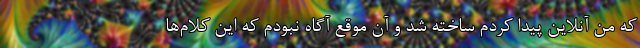
که من آنلاین پیدا کردم ساخته شد و آن موقع آگاه نبودم که این کلام‌ها